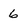
Character: 6